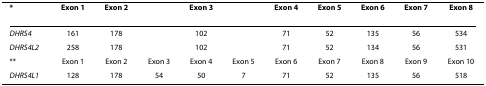
<table><thead><tr><td><b>*</b></td><td><b>Exon 1</b></td><td><b>Exon 2</b></td><td colspan="3"><b>Exon 3</b></td><td><b>Exon 4</b></td><td><b>Exon 5</b></td><td><b>Exon 6</b></td><td><b>Exon 7</b></td><td><b>Exon 8</b></td></tr></thead><tbody><tr><td><i>DHRS4</i></td><td>161</td><td>178</td><td colspan="3">102</td><td>71</td><td>52</td><td>135</td><td>56</td><td>534</td></tr><tr><td><i>DHRS4L2</i></td><td>258</td><td>178</td><td colspan="3">102</td><td>71</td><td>52</td><td>134</td><td>56</td><td>531</td></tr><tr><td>**</td><td>Exon 1</td><td>Exon 2</td><td>Exon 3</td><td>Exon 4</td><td>Exon 5</td><td>Exon 6</td><td>Exon 7</td><td>Exon 8</td><td>Exon 9</td><td>Exon 10</td></tr><tr><td><i>DHRS4L1</i></td><td>128</td><td>178</td><td>54</td><td>50</td><td>7</td><td>71</td><td>52</td><td>135</td><td>56</td><td>518</td></tr></tbody></table>